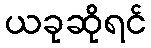
ယခုဆိုရင်